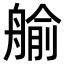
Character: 𦩞